Lunatic asylums Punjab 1895-1910 - 1895-1910
Year: 1895
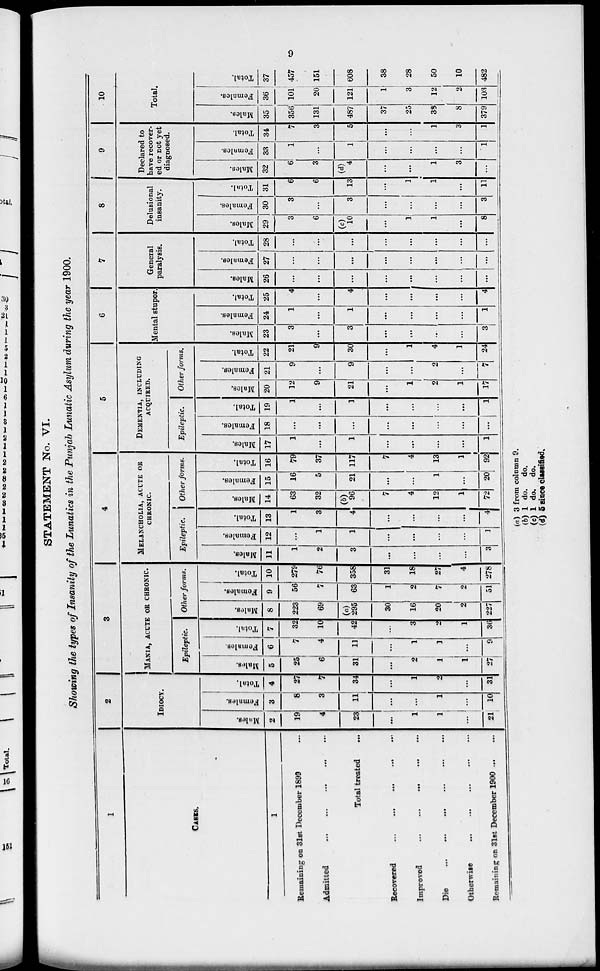
9
STATEMENT No. VI.
Showing the types of Insanity of the Lunatics in the Punjab Lunatic Asylum during the year 1900.
1
CASES.
1
Remaining on 31st December 1899 ...
Admitted
...
...
...
...
...
Total treated ...
Recovered
...
...
...
...
...
Improved
...
...
...
...
...
Die
...
...
...
...
...
Otherwise ... ... ... ... ...
Remaining on 31st December 1900 ... ...
2
IDIOCY.
Males.
2
19
4
23
...
1
1
...
21
Females.
3
8
3
11
...
...
1
...
10
Total.
4
27
7
34
...
1
2
...
31
3
MANIA, ACUTE OR CHRONIC.
Epileptic.
Males.
5
25
6
31
...
2
1
1
27
Females.
6
7
4
11
...
1
1
...
9
Total.
7
32
10
42
...
3
2
1
36
Other forms.
Males.
8
223
69
(a)
295
30
16
20
2
227
Females.
9
56
7
63
1
2
7
2
51
Total.
10
279
76
358
31
18
27
4
278
4
MELANCHOLIA, ACUTE OR
CHRONIC.
Epileptic.
Males.
11
1
2
3
...
...
...
...
3
Females.
12
...
1
1
...
...
...
...
1
Total.
13
1
3
4
...
...
...
...
4
Other forms.
Males.
14
63
32
(b)
96
7
4
12
1
72
Females.
15
16
5
21
...
...
1
...
20
Total.
16
79
37
117
7
4
13
1
92
5
DEMENTIA, INCLUDING
ACQUIEED.
Epileptic.
Males.
17
1
...
1
...
...
...
...
1
Females.
18
...
...
...
...
...
...
...
...
Total.
19
1
...
1
...
...
...
...
1
Other forms.
Males.
20
12
9
21
...
1
2
1
17
Females.
21
9
...
9
...
...
2
...
7
Total.
22
21
9
30
...
1
4
1
24
6
Mental stupor.
Males.
23
3
...
3
...
...
...
...
3
Females.
24
1
...
1
...
...
...
...
1
Total.
25
4
...
4
...
...
....
...
4
7
General
paralysis.
Males.
26
...
...
...
...
...
...
...
Females.
27
...
...
...
...
...
...
...
...
Total.
28
...
...
...
...
...
...
...
...
8
Delusional
insanity.
Males.
29
3
6
(c)
10
...
1
1
...
8
Females.
30
3
...
3
...
...
...
...
3
Total.
31
6
6
13
...
1
1
...
11
9
Declared to
have recover-
ed or not yet
diagnosed.
Males.
32
6
3
(d)
4
...
...
1
3
...
Females.
33
1
...
1
...
...
...
...
1
Total.
34
7
3
5
...
...
1
3
1
10
Total.
Males.
35
356
131
487
37
25
38
8
379
Females.
36
101
20
121
1
3
12
2
103
Total.
37
457
151
608
38
28
50
10
482
(a) 3 from column 9.
(b) 1 do. do.
(c) 1 do. do.
(d) 5 since classified.